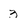
Character: 3